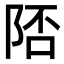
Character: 𨹭